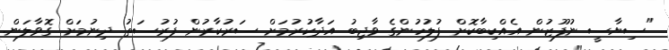
"ސިޔާސީ ނުފޫޒުން އެއްކިބާކޮށް ފުލުހުންގެ ވާޖިބު އަދާކުރުމަށް ސަރުކާރުން ފުރުސަތު ދިނުމަށް ގޮވާލަން.